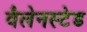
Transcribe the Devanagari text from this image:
वैलेनस्टेड